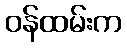
ဝန်ထမ်းက